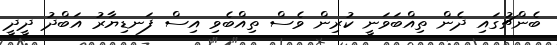
ބެންޗުގައި ދެން ތިއްބަވަނީ ކުރިން ވެސް ތިއްބެވި އިސް ފަނޑިޔާރު އަބްދު ދީދީ